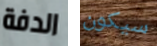
الدفة سيكون